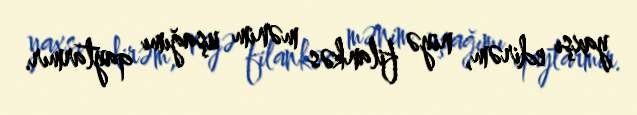
yaxşı edirəm, niyə filankəs mənim uşağımı qaytarmır.